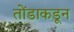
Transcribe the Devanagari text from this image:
तोंडाकडून